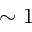
\sim 1